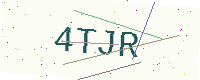
Text: 4TJR